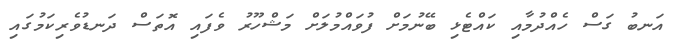
އަނބު ގަސް ހެއްދުމާއި ކައްޓެޅި ބޭނުމަށް ފުވައްމުލަށް މަޝްހޫރު ވެފައި އޮތަސް ދަނޑުވެރިކަމުގައި